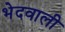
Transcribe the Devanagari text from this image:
भेदवाली